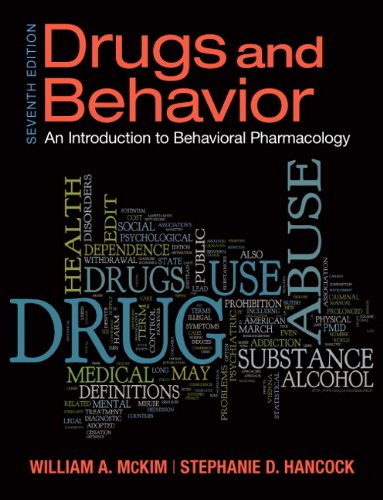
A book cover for Drugs & Behavior (7th Edition); William A. McKim Ph.D.; Medical Books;